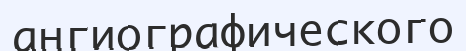
ангиографического